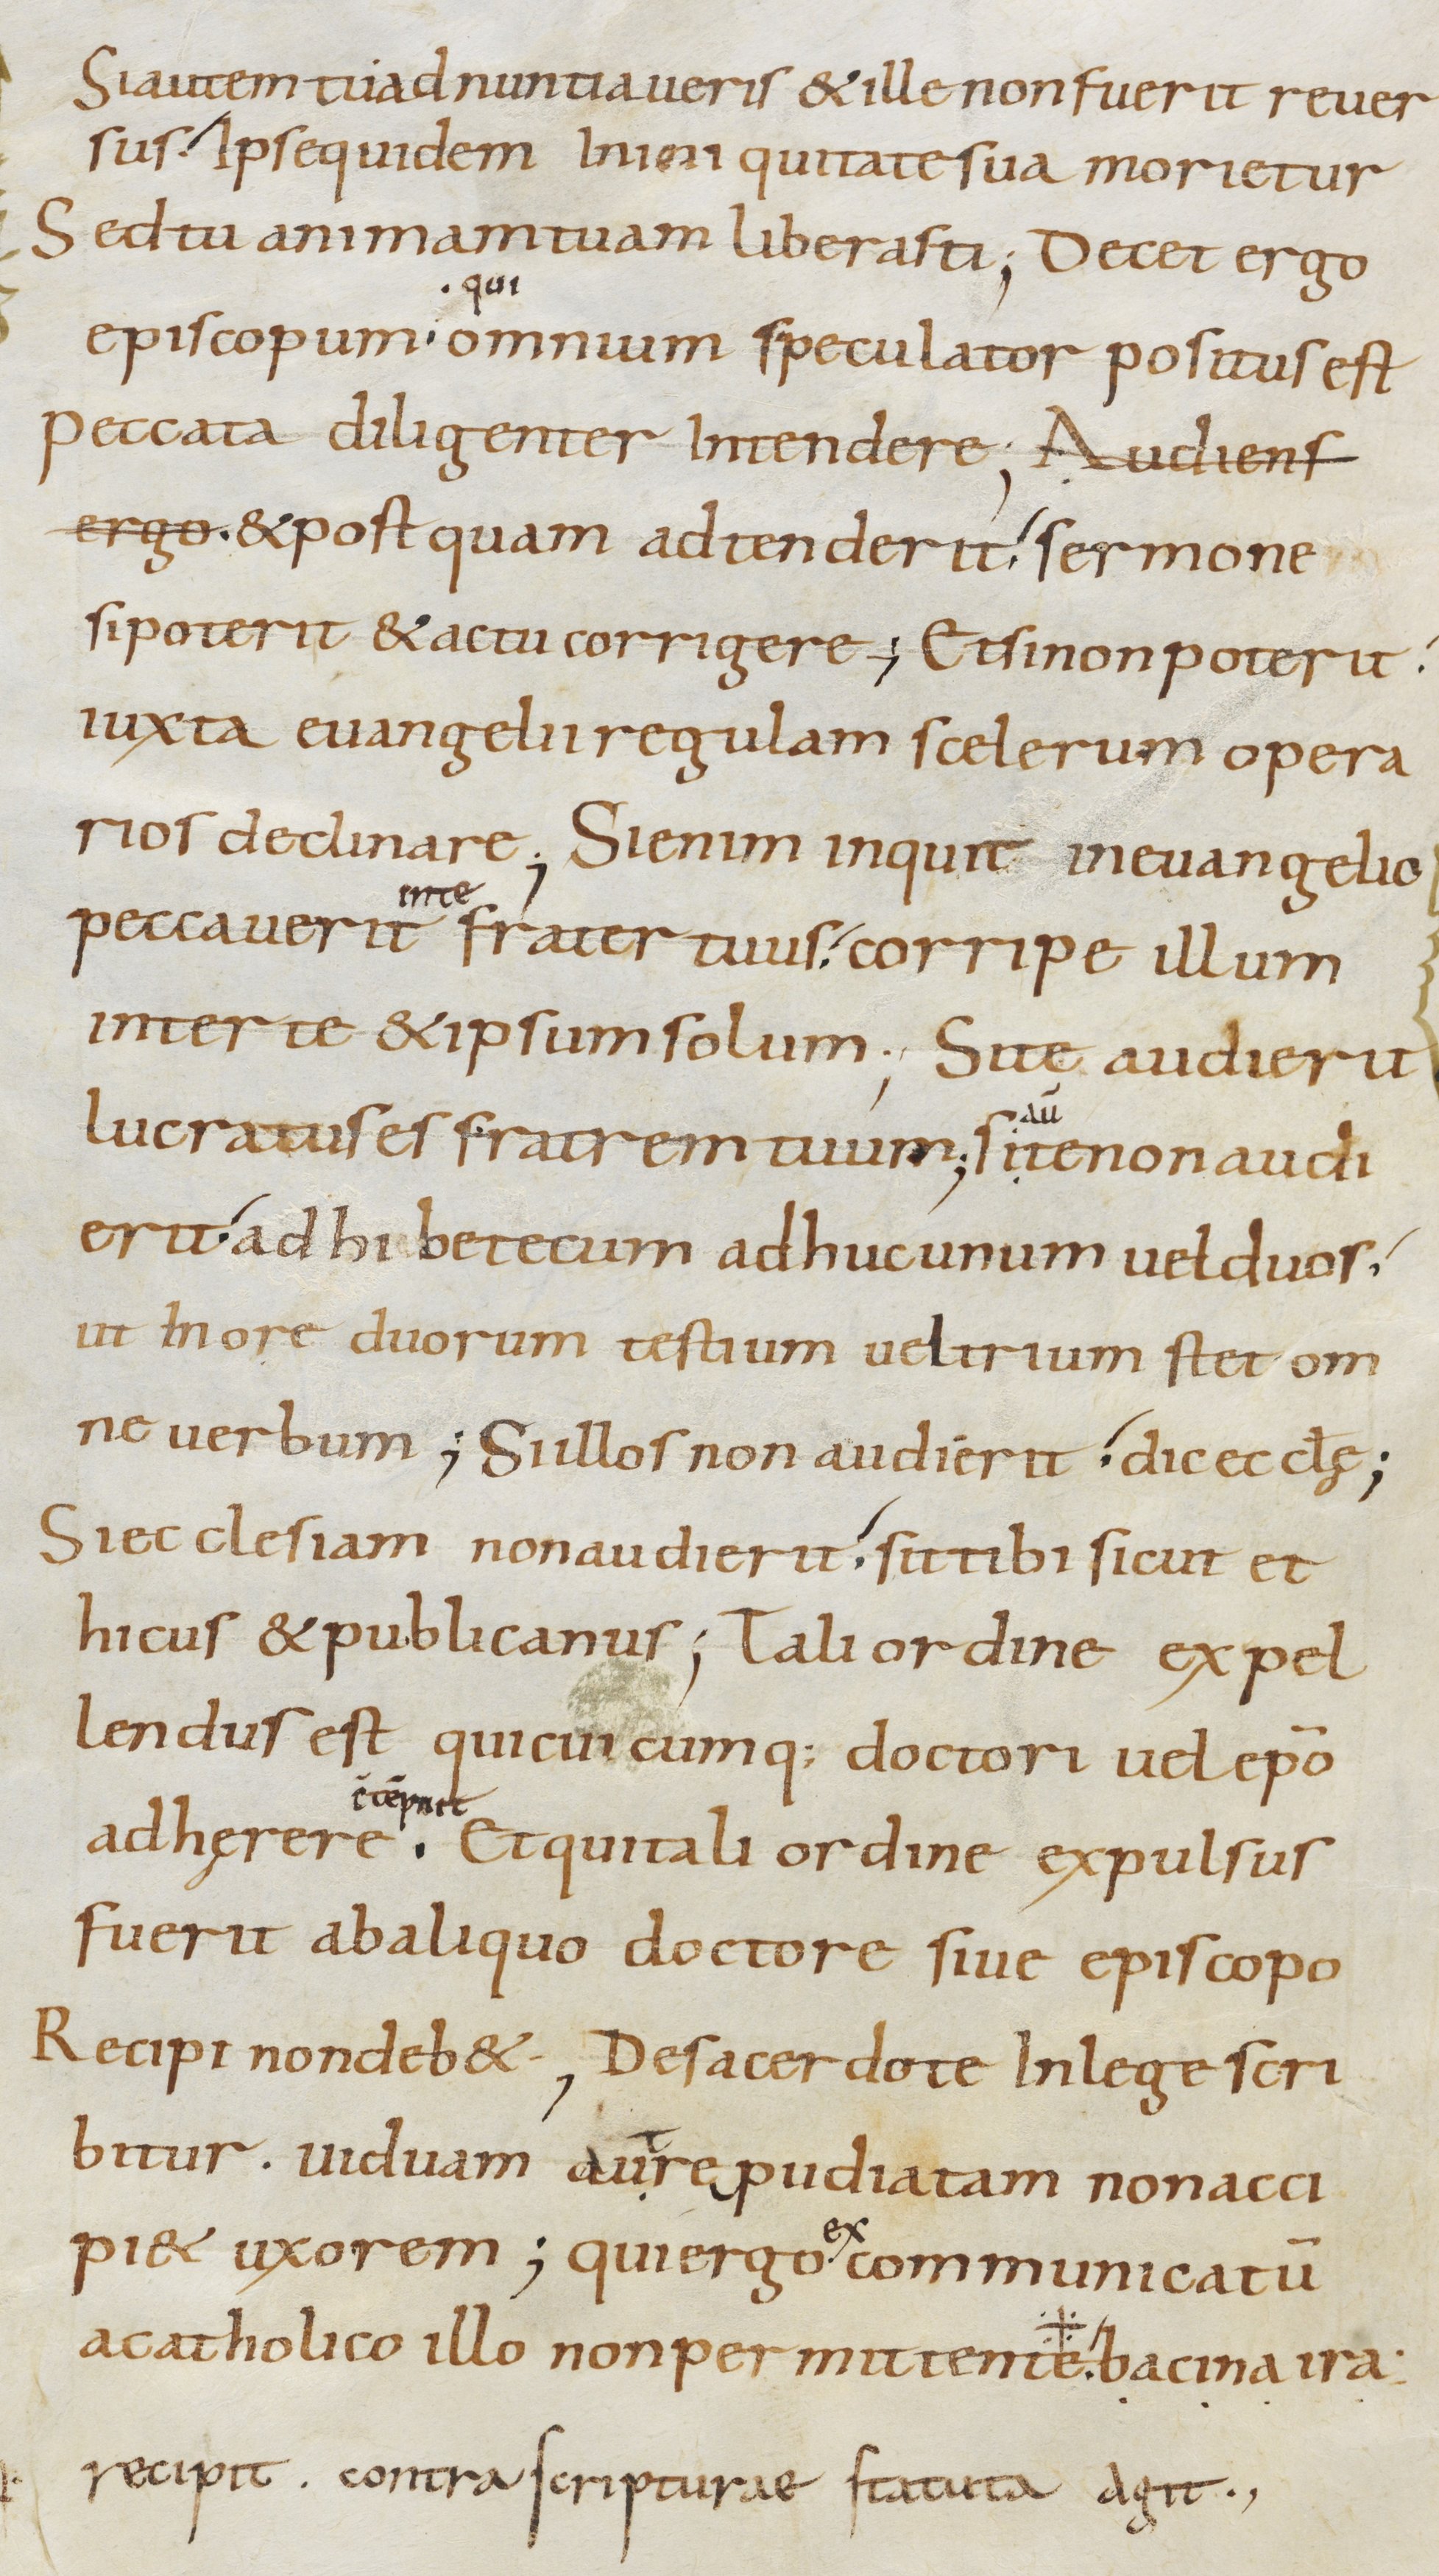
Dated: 800–899